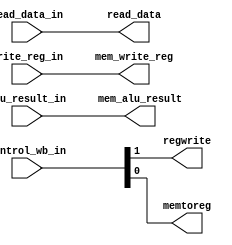
`timescale 1ns / 1ps
/* Names: Beverly Abadines (004737953), Kyle Lee (005054981)
Term: Spring 2016
Class: CSE 401
Module: mem_wb.v
Lab: 4
Date: May 24th, 2016

This is the latch that receives signals form all the modules of the memory stage. Its outputs go to mux of WRITE-BACK Stage and FETCH.
*/
module mem_wb(
	input	wire	[1:0]	control_wb_in,
	input	wire	[31:0]	read_data_in, alu_result_in,
	input	wire	[4:0]	write_reg_in,
	output	reg		regwrite, memtoreg, //1 bit wire
	output	reg	[31:0]	read_data, mem_alu_result,
	output	reg	[4:0]	mem_write_reg
    );

initial begin
	regwrite <= 0;
	memtoreg <= 0;
	
	read_data <= 0;
	mem_alu_result <= 0;
	mem_write_reg <= 0;
	
	//finish this thread
end

always@* begin
	#1
	regwrite <= control_wb_in[1]; // refer to Lab 2-2 Figure 2.2
	memtoreg <= control_wb_in[0];
	
	read_data <= read_data_in;
	mem_alu_result <= alu_result_in;
	mem_write_reg <= write_reg_in;
	
end

endmodule // mem_wb